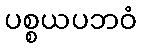
ပစ္စယပဘဝံ